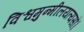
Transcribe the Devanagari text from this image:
विश्वमुन्मीलयत्यसौ।